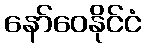
နော်ဝေနိုင်ငံ